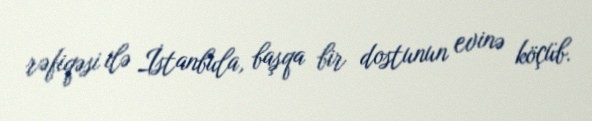
rəfiqəsi ilə İstanbula, başqa bir dostunun evinə köçüb.